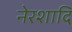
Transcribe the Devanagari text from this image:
नेरशादि